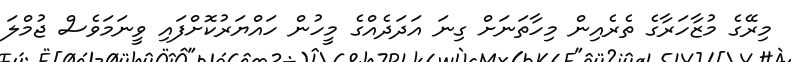
މިރޭގެ މުޒާހަރާގެ ތެރެއިން މިހާތަނަށް ގިނަ އަދަދެއްގެ މީހުން ހައްޔަރުކޮށްފައި ވީނަމަވެސް ޖުމްލަ